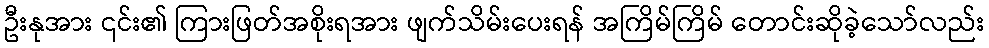
ဦးနုအား ၎င်း၏ ကြားဖြတ်အစိုးရအား ဖျက်သိမ်းပေးရန် အကြိမ်ကြိမ် တောင်းဆိုခဲ့သော်လည်း